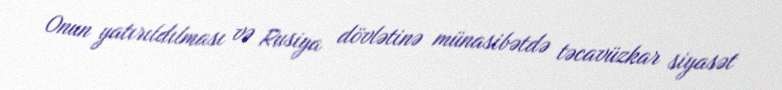
Onun yatırıldılması və Rusiya dövlətinə münasibətdə təcavüzkar siyasət